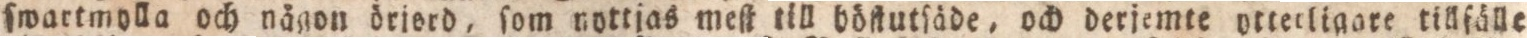
ſwartmylla och nägon örisrd, ſom nottjas meſt till böſtutſäde, och derjemte otterligare tillfälle